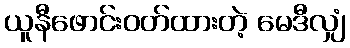
ယူနီဖောင်းဝတ်ထားတဲ့ မေဒီလျှံ